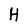
Character: H